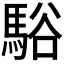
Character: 𩣥